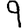
Digit: 9